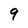
Character: 9